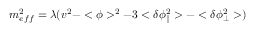
m _ { e f f } ^ { 2 } = \lambda ( v ^ { 2 } - < \phi > ^ { 2 } - 3 < \delta \phi _ { \| } ^ { 2 } > - < \delta \phi _ { \bot } ^ { 2 } > )